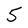
Character: 5